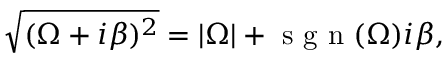
\sqrt { ( \Omega + i \beta ) ^ { 2 } } = | \Omega | + \textrm { s g n } ( \Omega ) i \beta ,